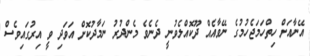
އޭނާއަށް ހިތްހަމަޖެހުމުގެ ނޭވާއެއް ދޫކޮއްލެވުނީ ދެނެވެ މެންދުރު ނަމާދުކޮށް އަވަދި ވީ އިރުގައިވެސް